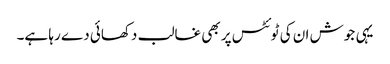
یہی جوش ان کی ٹوئٹس پر بھی غالب دکھائی دے رہا ہے۔